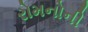
રોમનોની